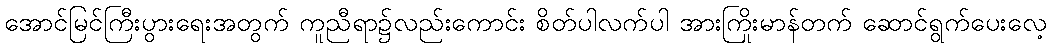
အောင်မြင်ကြီးပွားရေးအတွက် ကူညီရာ၌လည်းကောင်း စိတ်ပါလက်ပါ အားကြိုးမာန်တက် ဆောင်ရွက်ပေးလေ့